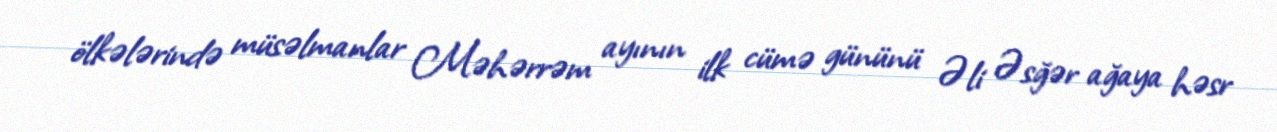
ölkələrində müsəlmanlar Məhərrəm ayının ilk cümə gününü Əli Əsğər ağaya həsr